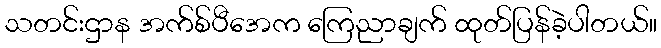
သတင်းဌာန အက်စ်ပီအေက ကြေညာချက် ထုတ်ပြန်ခဲ့ပါတယ်။